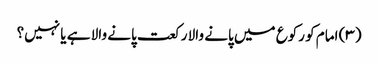
(۳) امام کو رکوع میں پانے والا رکعت پانے والا ہے یا نہیں؟